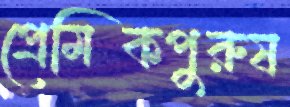
প্রেমিকপুরুষ